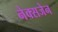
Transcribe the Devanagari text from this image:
नेक्सजेन